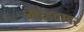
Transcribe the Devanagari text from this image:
मांडवावर